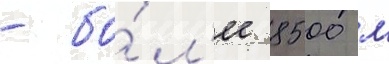
- бо́л'ее 8500 м